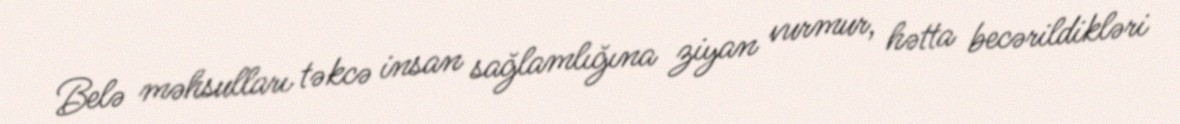
Belə məhsulları təkcə insan sağlamlığına ziyan vurmur, hətta becərildikləri